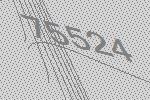
75524